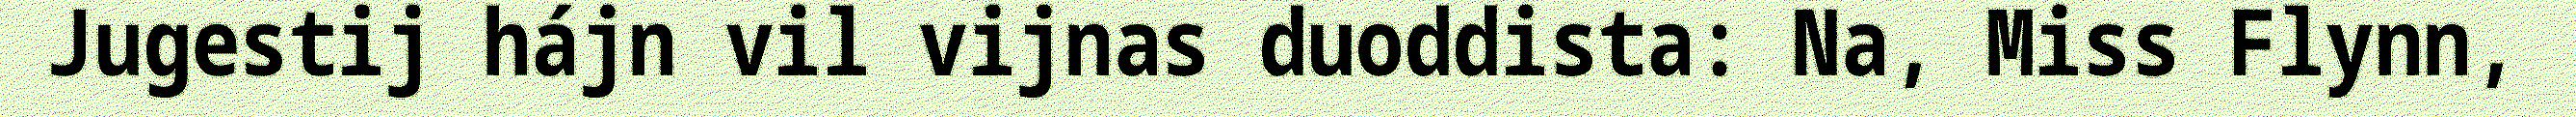
Jugestij hájn vil vijnas duoddista: Na, Miss Flynn,